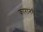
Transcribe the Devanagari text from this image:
कारानंरी